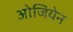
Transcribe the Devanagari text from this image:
ओजियेन